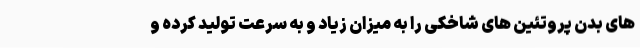
های بدن پروتئین های شاخکی را به میزان زیاد و به سرعت تولید کرده و